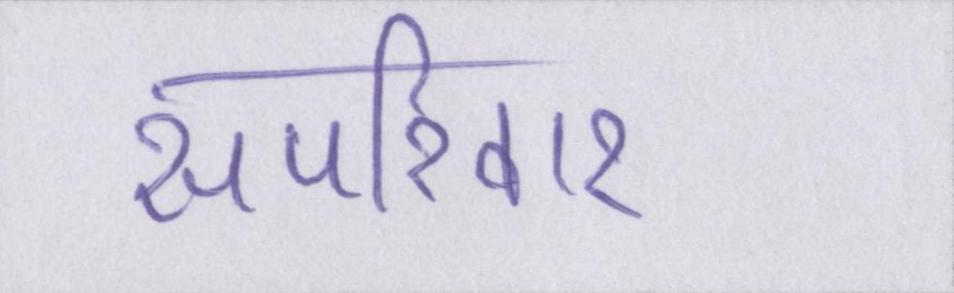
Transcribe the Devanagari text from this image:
सपरिवार